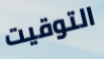
التوقيت